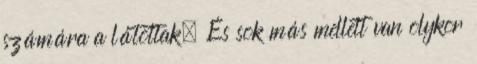
számára a látottak. És sok más mellett van olykor